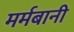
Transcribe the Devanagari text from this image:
मर्मबानी